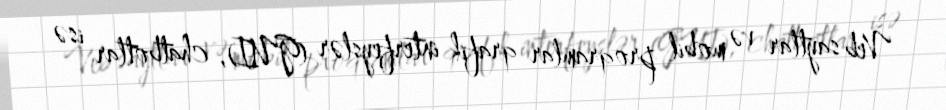
Veb saytlar və mobil proqramlar qrafik interfeyslər (GUI), chatbotlar isə